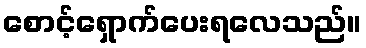
စောင့်ရှောက်ပေးရလေသည်။